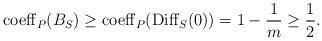
LaTeX: \begin{align*}{\rm coeff}_P(B_S) \geq {\rm coeff}_P(\mathrm{Diff}_S(0)) = 1-\frac{1}{m} \geq \frac{1}{2}.\end{align*}